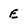
Character: E